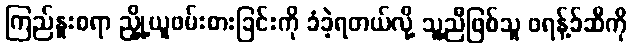
ကြည်နူးစရာ ညှို့ယူဖမ်းစားခြင်းကို ခံခဲ့ရတယ်လို့ သူ့ညီဖြစ်သူ ဖရန့်ခ်ဆီကို